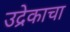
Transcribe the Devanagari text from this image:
उद्रेकाचा